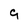
Character: 9